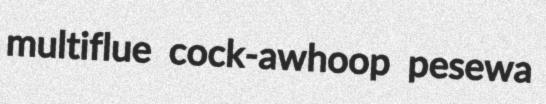
multiflue cock-awhoop pesewa